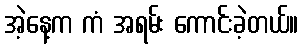
အဲ့နေ့က ကံ အရမ်း ကောင်းခဲ့တယ်။